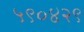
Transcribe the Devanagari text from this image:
५९०४२९